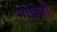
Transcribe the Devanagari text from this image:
गांदेली